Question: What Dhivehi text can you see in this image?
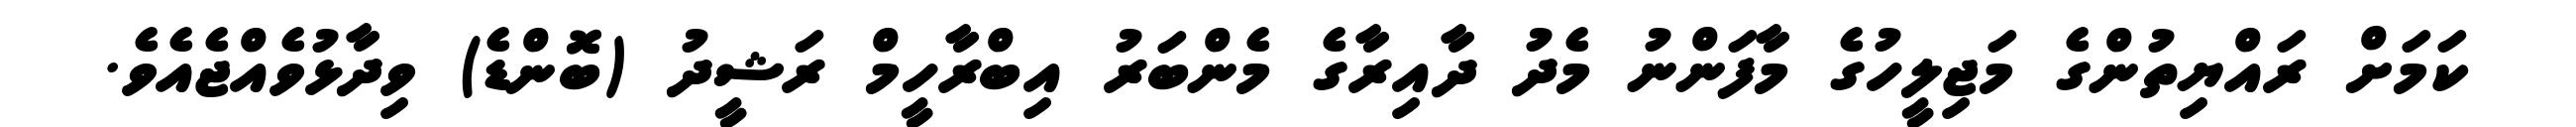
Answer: ކަމަށް ރައްޔިތުންގެ މަޖިލީހުގެ މާފަންނު މެދު ދާއިރާގެ މެންބަރު އިބްރާހީމް ރަޝީދު (ބޮންޑެ) ވިދާޅުވެއްޖެއެވެ.